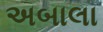
અબાલા